Vaccine operations Central Provinces 1868-1885 - 1868-1885
Year: 1868
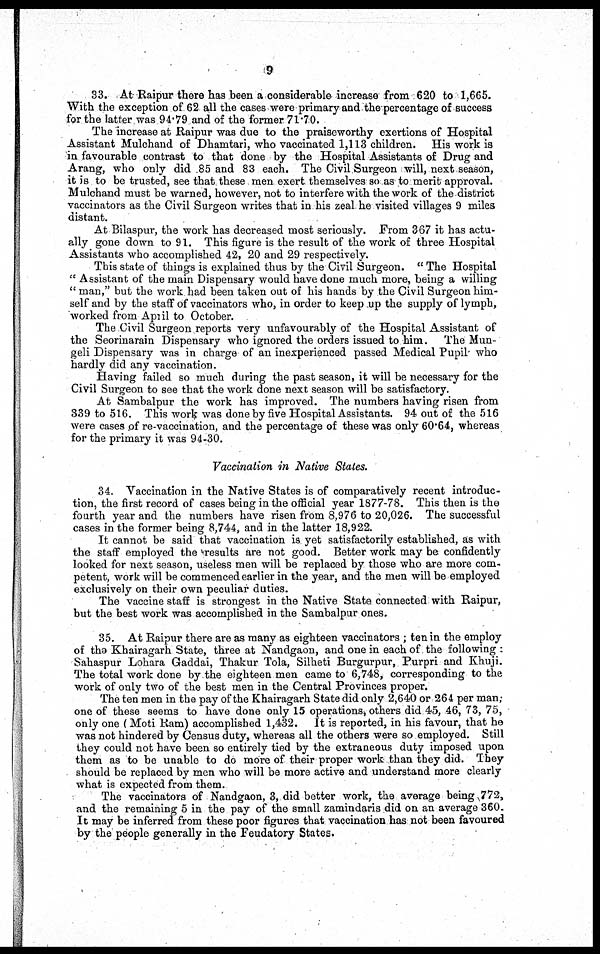
9
33. At Raipur there has been a considerable increase from 620 to 1,665.
With the exception of 62 all the cases were primary and. the percentage of success
for the latter was 94.79 and of the former 71.70.
The increase at Raipur was due to the praiseworthy exertions of Hospital
Assistant Mulchand of Dhamtari, who vaccinated 1,113 children. His work is
in favourable contrast to that done by the Hospital Assistants of Drug and
A rang, who only did .85 and 83 each. The Civil Surgeon will, next season,
it is to be trusted, see that, these men exert themselves so as to merit approval.
Mulchand must be warned, however, not to interfere with the work of the district
vaccinators as the Civil Surgeon writes that in his zeal he visited villages 9 miles
distant.
At Bilaspur, the work has decreased most seriously. From 367 it has actu-
ally gone down to 91. This figure is the result of the work of three Hospital
Assistants who accomplished 42, 20 and 29 respectively.
This state of things is explained thus by the Civil Surgeon. " The Hospital
" Assistant of the main Dispensary would have done much more, being a willing
" man," but the work had been taken out of his hands by the Civil Surgeon him-
self and by the staff of vaccinators who, in order to keep up the supply of lymph,
worked from April to October.
The Civil Surgeon reports very unfavourably of the Hospital Assistant of
the Seorinarain Dispensary who ignored the orders issued to him. The Mun-
geli Dispensary was in charge of an inexperienced passed Medical Pupil who
hardly did any vaccination.
Having failed so much during the past season, it will be necessary for the
Civil Surgeon to see that the work done next season will be satisfactory.
At Sambalpur the work has improved. The numbers having risen from
339 to 516. This work was done by five Hospital Assistants. 94 out of the 516
were cases of re-vaccination, and the percentage of these was only 60.64, whereas
for the primary it was 94-30.
Vaccination in Native States.
34. Vaccination in the Native States is of comparatively recent introduc-
tion, the first record of cases being in the official year 1877-78. This then is the
fourth year and the numbers have risen from 8,976 to 20,026. The successful
cases in the former being 8,744, and in the latter 18,922.
It cannot be said that vaccination is yet satisfactorily established, as with
the staff employed the results are not good. Better work may be confidently
looked for next season, useless men will be replaced by those who are more com-
petent, work will be commenced earlier in the year, and the men will be employed
exclusively on their own peculiar duties.
The vaccine staff is strongest in the Native State connected with Raipur,
but the best work was accomplished in the Sambalpur ones.
35. At Raipur there are as many as eighteen vaccinators ; ten in the employ
of the Khairagarh State, three at Nandgaon, and one in each of the following :
Sahaspur Lohara Gaddai, Thakur Tola, Silheti Burgurpur, Purpri and Khuji.
The total work done by the eighteen men came to 6,748, corresponding to the
work of only two of the best men in the Central Provinces proper.
The ten men in the pay of the Khairagarh State did only 2,640 or 264 per man;
one of these seems to have done only 15 operations, others did 45, 46, 73, 75,
only one (Moti Ram) accomplished 1,432. It is reported, in his favour, that he
was not hindered by Census duty, whereas all the others were so employed. Still
they could not have been so entirely tied by the extraneous duty imposed upon
them as to be unable to do more of their proper work than they did. They
should be replaced by men who will be more active and understand more clearly
what is expected from them.
The vaccinators of Nandgaon, 3, did better work, the average being 772,
and the remaining 5 in the pay of the small zamindaris did on an average 360.
It may be inferred from these poor figures that vaccination has not been favoured
by the people generally in the Feudatory States.